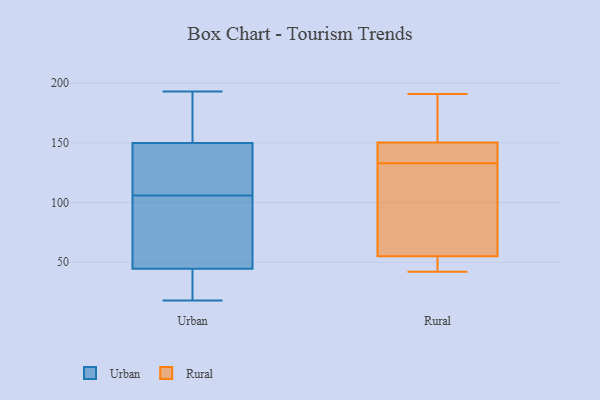
{"axis": {"x": "Humidity (%)", "y": "Value"}, "legend": ["Rural", "Urban"], "data": [{"x": "", "y": 30, "type": "Urban"}, {"x": "", "y": 99, "type": "Urban"}, {"x": "", "y": 18, "type": "Urban"}, {"x": "", "y": 144, "type": "Urban"}, {"x": "", "y": 136, "type": "Urban"}, {"x": "", "y": 52, "type": "Urban"}, {"x": "", "y": 113, "type": "Urban"}, {"x": "", "y": 45, "type": "Urban"}, {"x": "", "y": 169, "type": "Urban"}, {"x": "", "y": 44, "type": "Urban"}, {"x": "", "y": 113, "type": "Urban"}, {"x": "", "y": 30, "type": "Urban"}, {"x": "", "y": 156, "type": "Urban"}, {"x": "", "y": 193, "type": "Urban"}, {"x": "", "y": 81, "type": "Urban"}, {"x": "", "y": 181, "type": "Urban"}, {"x": "", "y": 133, "type": "Rural"}, {"x": "", "y": 42, "type": "Rural"}, {"x": "", "y": 53, "type": "Rural"}, {"x": "", "y": 61, "type": "Rural"}, {"x": "", "y": 142, "type": "Rural"}, {"x": "", "y": 180, "type": "Rural"}, {"x": "", "y": 138, "type": "Rural"}, {"x": "", "y": 191, "type": "Rural"}, {"x": "", "y": 43, "type": "Rural"}, {"x": "", "y": 94, "type": "Rural"}, {"x": "", "y": 153, "type": "Rural"}]}